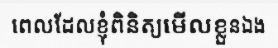
ពេលដែលខ្ញុំពិនិត្យមើលខ្លួនឯង